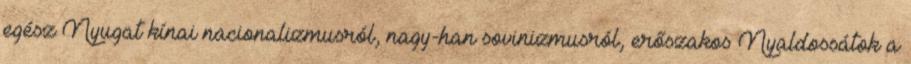
egész Nyugat kínai nacionalizmusról, nagy-han sovinizmusról, erőszakos Nyaldossátok a